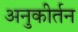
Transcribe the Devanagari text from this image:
अनुकीर्तन